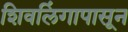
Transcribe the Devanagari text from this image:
शिवलिंगापासून